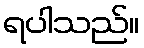
ရပါသည်။